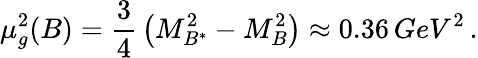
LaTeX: \mu_{g}^{2}(B)={\frac{3}{4}}\left(M_{B^{*}}^{2}-M_{B}^{2}\right)\approx 0.36\, GeV^{2}\, .